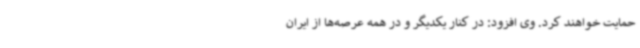
حمایت خواهند کرد. وی افزود: در کنار یکدیگر و در همه عرصه‌ها از ایران